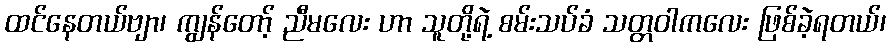
ထင်နေတယ်ဗျာ၊ ကျွန်တော့် ညီမလေး ဟာ သူတို့ရဲ့ စမ်းသပ်ခံ သတ္တဝါကလေး ဖြစ်ခဲ့ရတယ်၊